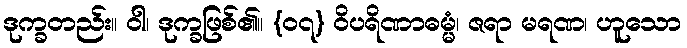
ဒုက္ခတည်း။ ဝါ၊ ဒုက္ခဖြစ်၏။ {၀၇} ဝိပရိဏာဓမ္မံ၊ ဇရာ မရဏ၊ ဟူသော